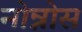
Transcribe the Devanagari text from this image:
नोन्नोस